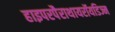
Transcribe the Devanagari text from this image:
हाइपरपैराथायरॉयडिज्म